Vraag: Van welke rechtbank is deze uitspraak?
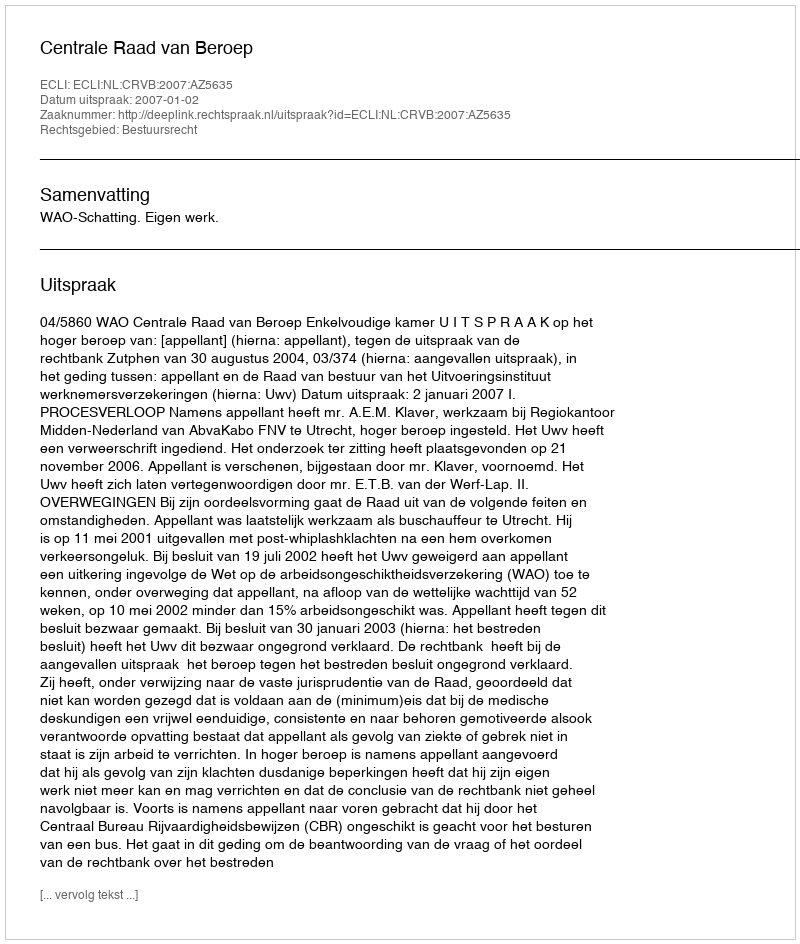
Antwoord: Centrale Raad van Beroep